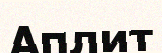
Аплит